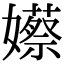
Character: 𡣮